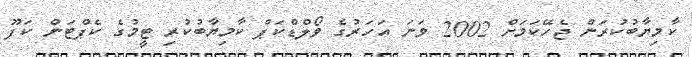
ކާމިޔާބުކުރަން ޖެހޭކަމަށް 2002 ވަނަ އަހަރުގެ ވޯލްޑްކަޕް ކާމިޔާބުކުރި ޓީމުގެ ކެޕްޓަން ކަފޫ